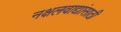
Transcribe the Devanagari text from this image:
नक्षलवाद्यांसाठी